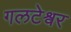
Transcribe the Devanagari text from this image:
गलटेश्वर